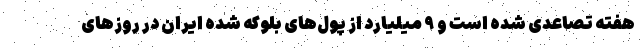
هفته تصاعدی شده است و ۹ میلیارد از پول‌های بلوکه شده ایران در روزهای